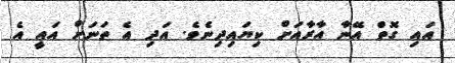
އައި ގޮތް އޭނާ އާރާއަށް ކިޔައިދިނެވެ. އަދި އެ ތަނަށް އައީ އެ